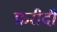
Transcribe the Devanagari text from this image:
फ़रीदी